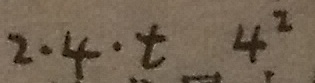
2 \cdot 4 \cdot t 4 ^ { 2 }